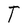
Character: T